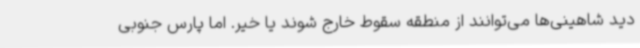
دید شاهینی‌ها می‌توانند از منطقه سقوط خارج شوند یا خیر. اما پارس جنوبی